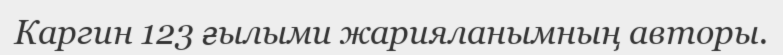
Каргин 123 ғылыми жарияланымның авторы.